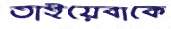
তাইয়েবাকে